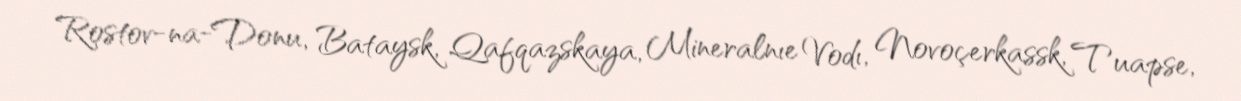
Rostov-na-Donu, Bataysk, Qafqazskaya, Mineralnıe Vodı, Novoçerkassk, Tuapse,